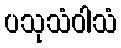
ပသုသံဝါသံ